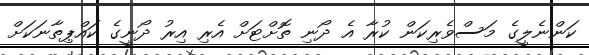
ކަންނެލީގެ މަސްވެރިކަން ކުރާ އެ ދޯނި ތޮށްޓަށް އެރި އިރު ދޯނީގެ ކައްޕިތާނަކަށް